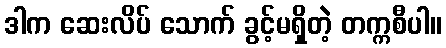
ဒါက ဆေးလိပ် သောက် ခွင့်မရှိတဲ့ တက္ကစီပါ။